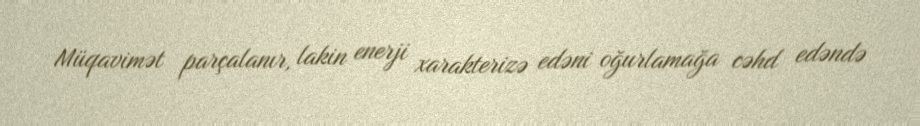
Müqavimət parçalanır, lakin enerji xarakterizə edəni oğurlamağa cəhd edəndə